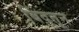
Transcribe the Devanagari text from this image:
बिंदूतून